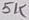
Text: 5K